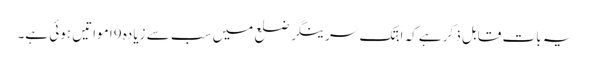
یہ بات قابل ذکر ہے کہ ابتک سرینگر ضلع میں سب سے زیادہ 9ا مواتیں ہوئی ہے۔